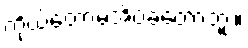
ကိုယ်တော့မအိပ်ခဲ့တော့ဘူး။